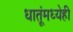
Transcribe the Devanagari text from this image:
धातूंमध्येही